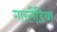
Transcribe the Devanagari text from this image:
गारलैंडिया